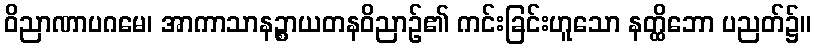
ဝိညာဏာပဂမေ၊ အာကာသာနဉ္စာယတနဝိညာဉ်၏ ကင်းခြင်းဟူသော နတ္ထိဘော ပညတ်၌။